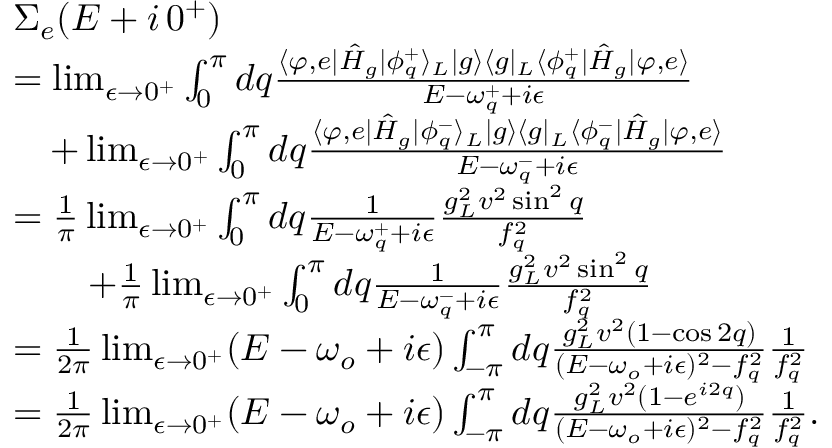
\begin{array} { r l } & { \Sigma _ { e } ( E + i \, 0 ^ { + } ) } \\ & { = \operatorname* { l i m } _ { \epsilon \rightarrow 0 ^ { + } } \int _ { 0 } ^ { \pi } d q \frac { \langle \varphi , e | \hat { H } _ { g } | \phi _ { q } ^ { + } \rangle _ { L } | g \rangle \langle g | _ { L } \langle \phi _ { q } ^ { + } | \hat { H } _ { g } | \varphi , e \rangle } { E - \omega _ { q } ^ { + } + i \epsilon } } \\ & { \quad + \operatorname* { l i m } _ { \epsilon \rightarrow 0 ^ { + } } \int _ { 0 } ^ { \pi } d q \frac { \langle \varphi , e | \hat { H } _ { g } | \phi _ { q } ^ { - } \rangle _ { L } | g \rangle \langle g | _ { L } \langle \phi _ { q } ^ { - } | \hat { H } _ { g } | \varphi , e \rangle } { E - \omega _ { q } ^ { - } + i \epsilon } } \\ & { = \frac { 1 } { \pi } \operatorname* { l i m } _ { \epsilon \rightarrow 0 ^ { + } } \int _ { 0 } ^ { \pi } d q \frac { 1 } { E - \omega _ { q } ^ { + } + i \epsilon } \frac { g _ { L } ^ { 2 } v ^ { 2 } \sin ^ { 2 } { q } } { f _ { q } ^ { 2 } } } \\ & { \quad \quad + \frac { 1 } { \pi } \operatorname* { l i m } _ { \epsilon \rightarrow 0 ^ { + } } \int _ { 0 } ^ { \pi } d q \frac { 1 } { E - \omega _ { q } ^ { - } + i \epsilon } \frac { g _ { L } ^ { 2 } v ^ { 2 } \sin ^ { 2 } { q } } { f _ { q } ^ { 2 } } } \\ & { = \frac { 1 } { 2 \pi } \operatorname* { l i m } _ { \epsilon \rightarrow 0 ^ { + } } ( E - \omega _ { o } + i \epsilon ) \int _ { - \pi } ^ { \pi } d q \frac { g _ { L } ^ { 2 } v ^ { 2 } ( 1 - \cos { 2 q } ) } { ( E - \omega _ { o } + i \epsilon ) ^ { 2 } - f _ { q } ^ { 2 } } \frac { 1 } { f _ { q } ^ { 2 } } } \\ & { = \frac { 1 } { 2 \pi } \operatorname* { l i m } _ { \epsilon \rightarrow 0 ^ { + } } ( E - \omega _ { o } + i \epsilon ) \int _ { - \pi } ^ { \pi } d q \frac { g _ { L } ^ { 2 } v ^ { 2 } ( 1 - e ^ { i 2 q } ) } { ( E - \omega _ { o } + i \epsilon ) ^ { 2 } - f _ { q } ^ { 2 } } \frac { 1 } { f _ { q } ^ { 2 } } . } \end{array}